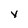
Character: y